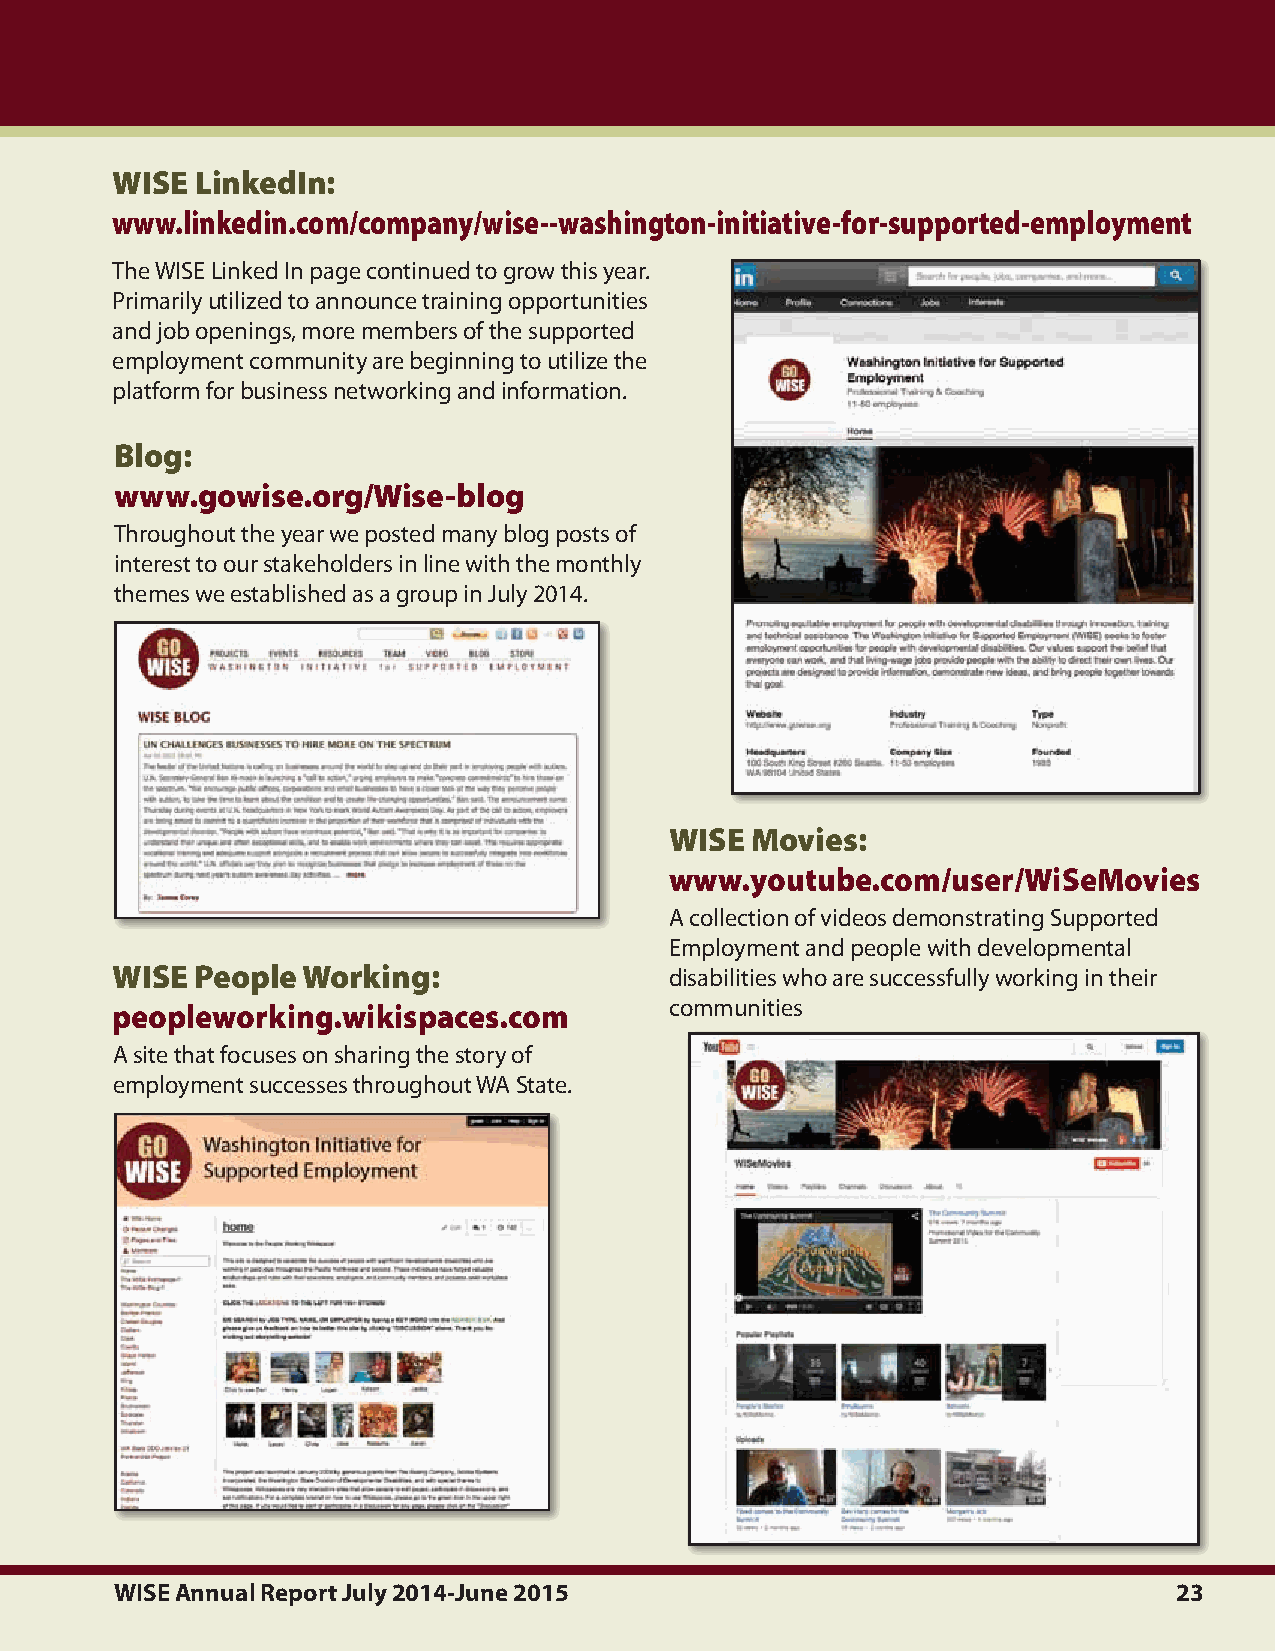
Wise  linkedin:
 www.linkedin.com/company/wise--washington-initiative-for-supported-employment
 The.WISE.Linked.In.page.continued.to.grow.this.year...
 Primarily.utilized.to.announce.training.opportunities.
 and.job.openings,.more.members.of.the.supported.
 employment.community.are.beginning.to.utilize.the.
 platform.for.business.networking.and.information.
 Blog:
 www.gowise.org/Wise-blog
 Throughout.the.year.we.posted.many.blog.posts.of.
 interest.to.our.stakeholders.in.line.with.the.monthly.
 themes.we.established.as.a.group.in.July.2014..
 Wise  movies:
 www.youtube.com/user/Wisemovies
 A.collection.of.videos.demonstrating.Supported.
 Employment.and.people.with.developmental.
 Wise  People Working:                disabilities.who.are.successfully.working.in.their.
 communities
 peopleworking.wikispaces.com
 A.site.that.focuses.on.sharing.the.story.of.
 employment.successes.throughout.WA.State.
 WISE Annual Report July 2014-June 2015                                23